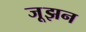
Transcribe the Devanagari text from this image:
जूझन